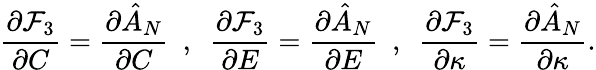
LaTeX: \frac{\partial\mathcal{F}_{3}}{\partial C}=\frac{\partial\hat{A}_{N}}{\partial C}~~,~~\frac{\partial\mathcal{F}_{3}}{\partial E}=\frac{\partial\hat{A}_{N}}{\partial E}~~,~~\frac{\partial\mathcal{F}_{3}}{\partial\kappa}=\frac{\partial\hat{A}_{N}}{\partial\kappa}.